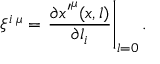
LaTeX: \xi ^ { i \: \mu } = \left. \frac { \partial { x ^ { \prime } } ^ { \mu } ( x , l ) } { \partial l _ { i } } \right| _ { l = 0 } .